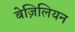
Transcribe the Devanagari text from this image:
बेज़िलियन